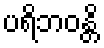
ပရိဘဝန္တိ